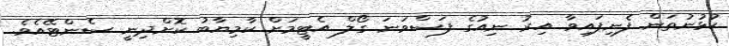
ކުޅުނުތަން ފެނިފައިވާ އިރު ނިއުގެ ފަސްވަނަ ގޯލް އެޓީމަށް ކާމިޔާބު ކޮށްދިނީ ސެންޓޭއެވެ.